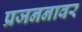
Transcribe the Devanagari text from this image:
प्रजननावर